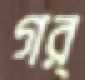
গর্